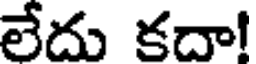
లేదు కదా!